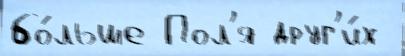
бо́льше Пол'я друг'и́х